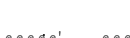
.